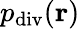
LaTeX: p_{\mathrm{div}}(\mathbf{r})